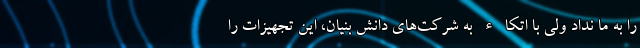
را به ما نداد ولی با اتکاء به شرکت‌های دانش بنیان، این تجهیزات را